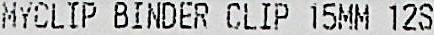
MYCLIP BINDER CLIP 15MM 12S